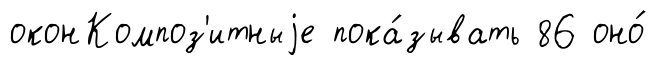
оконКомпоз'итныjе пока́зывать 86 оно́